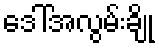
ဒေါ်အလွမ်းချို